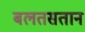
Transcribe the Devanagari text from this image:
बलतसतान